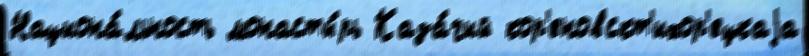
Национа́льность монасты́рь Каза́чий кор'еновскт'ихор'ецкаjа